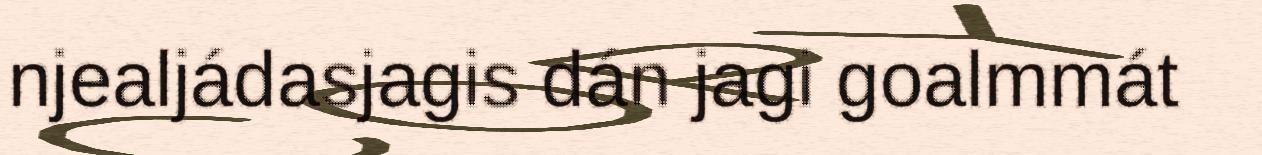
njealjádasjagis dán jagi goalmmát